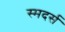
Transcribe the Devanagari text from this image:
स्मदर्स